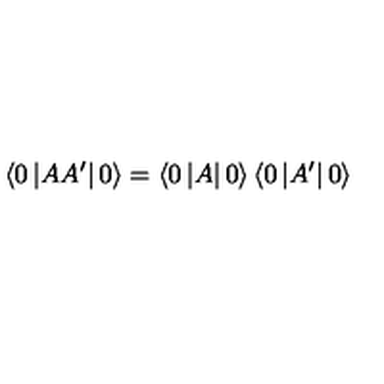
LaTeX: \left\langle 0 \left| A A ^ { \prime } \right| 0 \right\rangle = \left\langle 0 \left| A \right| 0 \right\rangle \left\langle 0 \left| A ^ { \prime } \right| 0 \right\rangle